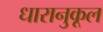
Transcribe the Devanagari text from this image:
धारानुकूल